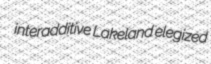
interadditive Lakeland elegized